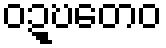
ဝဍ္ဎတေဝ